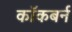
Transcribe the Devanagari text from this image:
काॅकबर्न